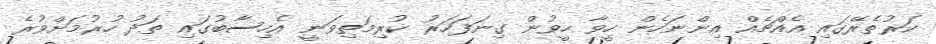
ކަރުތެރޭގައި އެއްޗެއް އިންނަހެން ހީވާ ހީވުން ގިނަފަހަރު ކުރިމަތިވަނީ އެހިސާބުގައި ތަދު ހުރުމަށްވުރެ